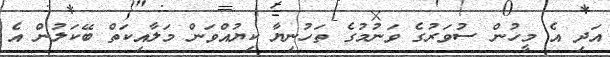
އަދި އެ މީހުން ސުވަރުގެ ވަނުމުގެ ތަހުނިޔާ ކިޔުއްވަން މަލާއިކަތް ބޭކަލުން އެ